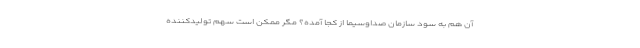
آن هم به سود سازمان صداوسیما از کجا آمده؟ مگر ممکن است سهم تولیدکننده